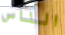
الناس